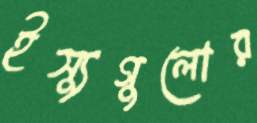
ইস্যুগুলোর